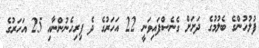
ފުލުހުންގެ ބެލުމުގެ ދަށަށް ގެނެސްފައިވަނީ 22 އަހަރުގެ ދެ ފިރިހެނުންނާއި 25 އަހަރުގެ